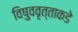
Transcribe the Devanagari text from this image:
विषुववृत्ताकडे